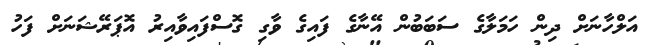
އަލްހާނަށް ދިން ހަމަލާގެ ސަބަބުން އޭނާގެ ފައިގެ ވާގި ގޮސްފައިވާއިރު އޮޕަރޭޝަނަށް ފަހު